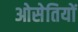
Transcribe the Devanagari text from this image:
ओसेतियों